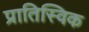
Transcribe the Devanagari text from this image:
प्रातिस्विक